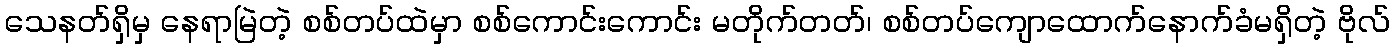
သေနတ်ရှိမှ နေရာမြဲတဲ့ စစ်တပ်ထဲမှာ စစ်ကောင်းကောင်း မတိုက်တတ်၊ စစ်တပ်ကျောထောက်နောက်ခံမရှိတဲ့ ဗိုလ်